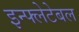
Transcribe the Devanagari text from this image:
इन्फ्लेटेबल